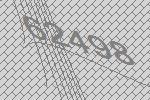
62498